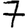
Digit: 7